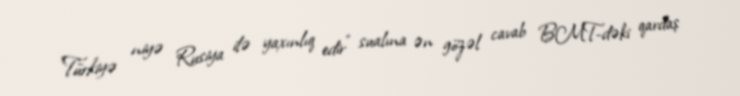
”Türkiyə niyə Rusiya ilə yaxınlıq edir" sualına ən gözəl cavab BMT-dəki qardaş